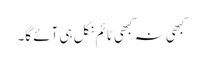
کبھی نہ کبھی ٹائم نکل ہی آئے گا۔